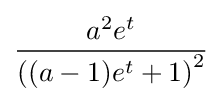
{\frac {a^{2}e^{t}}{\left((a-1)e^{t}+1\right)^{2}}}